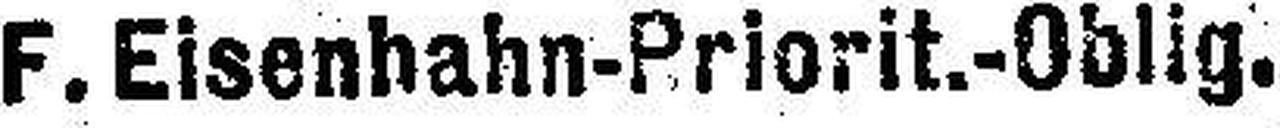
F. Eisenhahn-Priorit.-Oblig.